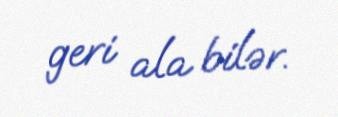
geri ala bilər.